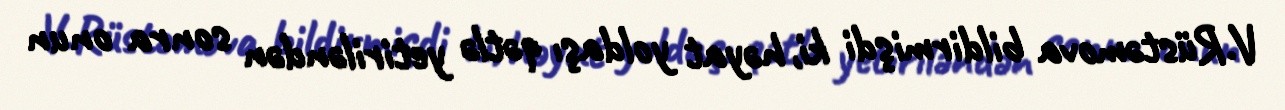
V.Rüstəmova bildirmişdi ki, həyat yoldaşı qətlə yetiriləndən sonra onun